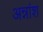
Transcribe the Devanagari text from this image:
अन्नांश